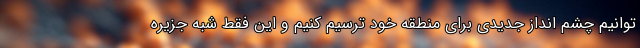
توانیم چشم انداز جدیدی برای منطقه خود ترسیم کنیم و این فقط شبه جزیره